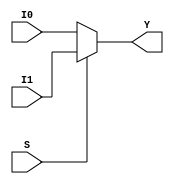
module mux_2x1_32 (output reg [31:0] Y, input S, input [31:0] I0, I1);
    always @ (S, I0, I1)
        if (S) Y <= I1;
        else Y <= I0;
endmodule